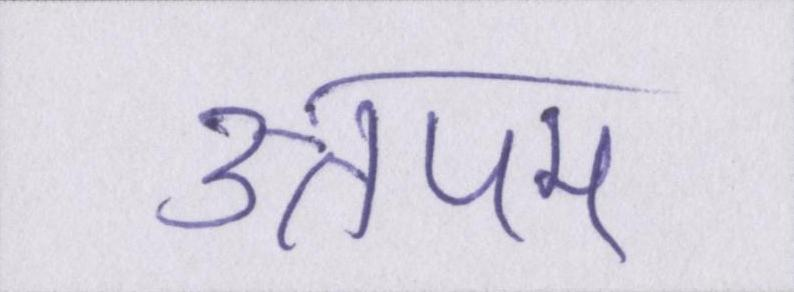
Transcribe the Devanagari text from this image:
उत्तपम